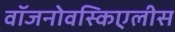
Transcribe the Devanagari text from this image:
वॉजनोवस्किएलीस